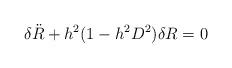
LaTeX: \begin{align*}\delta {\ddot R} + h^2(1-h^2D^2) \delta R =0\end{align*}